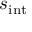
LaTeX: s _ { \mathrm { i n t } }